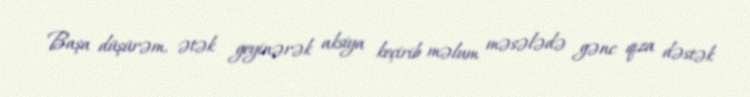
Başa düşürəm, ətək geyinərək aksiya keçirib məlum məsələdə gənc qıza dəstək